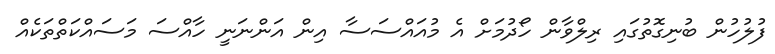
ފުލުހުން ބުނިގޮތުގައި ރިލްވާން ހޯދުމަށް އެ މުއައްސަސާ އިން އަންނަނީ ހާއްސަ މަސައްކަތްތަކެއް